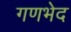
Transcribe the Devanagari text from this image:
गणभेद